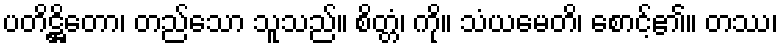
ပတိဋ္ဌိတော၊ တည်သော သူသည်။ စိတ္တံ၊ ကို။ သံယမေတိ၊ စောင့်၏။ တဿ၊